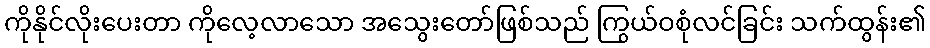
ကိုနိုင်လိုးပေးတာ ကိုလေ့လာသော အသွေးတော်ဖြစ်သည် ကြွယ်ဝစုံလင်ခြင်း သက်ထွန်း၏